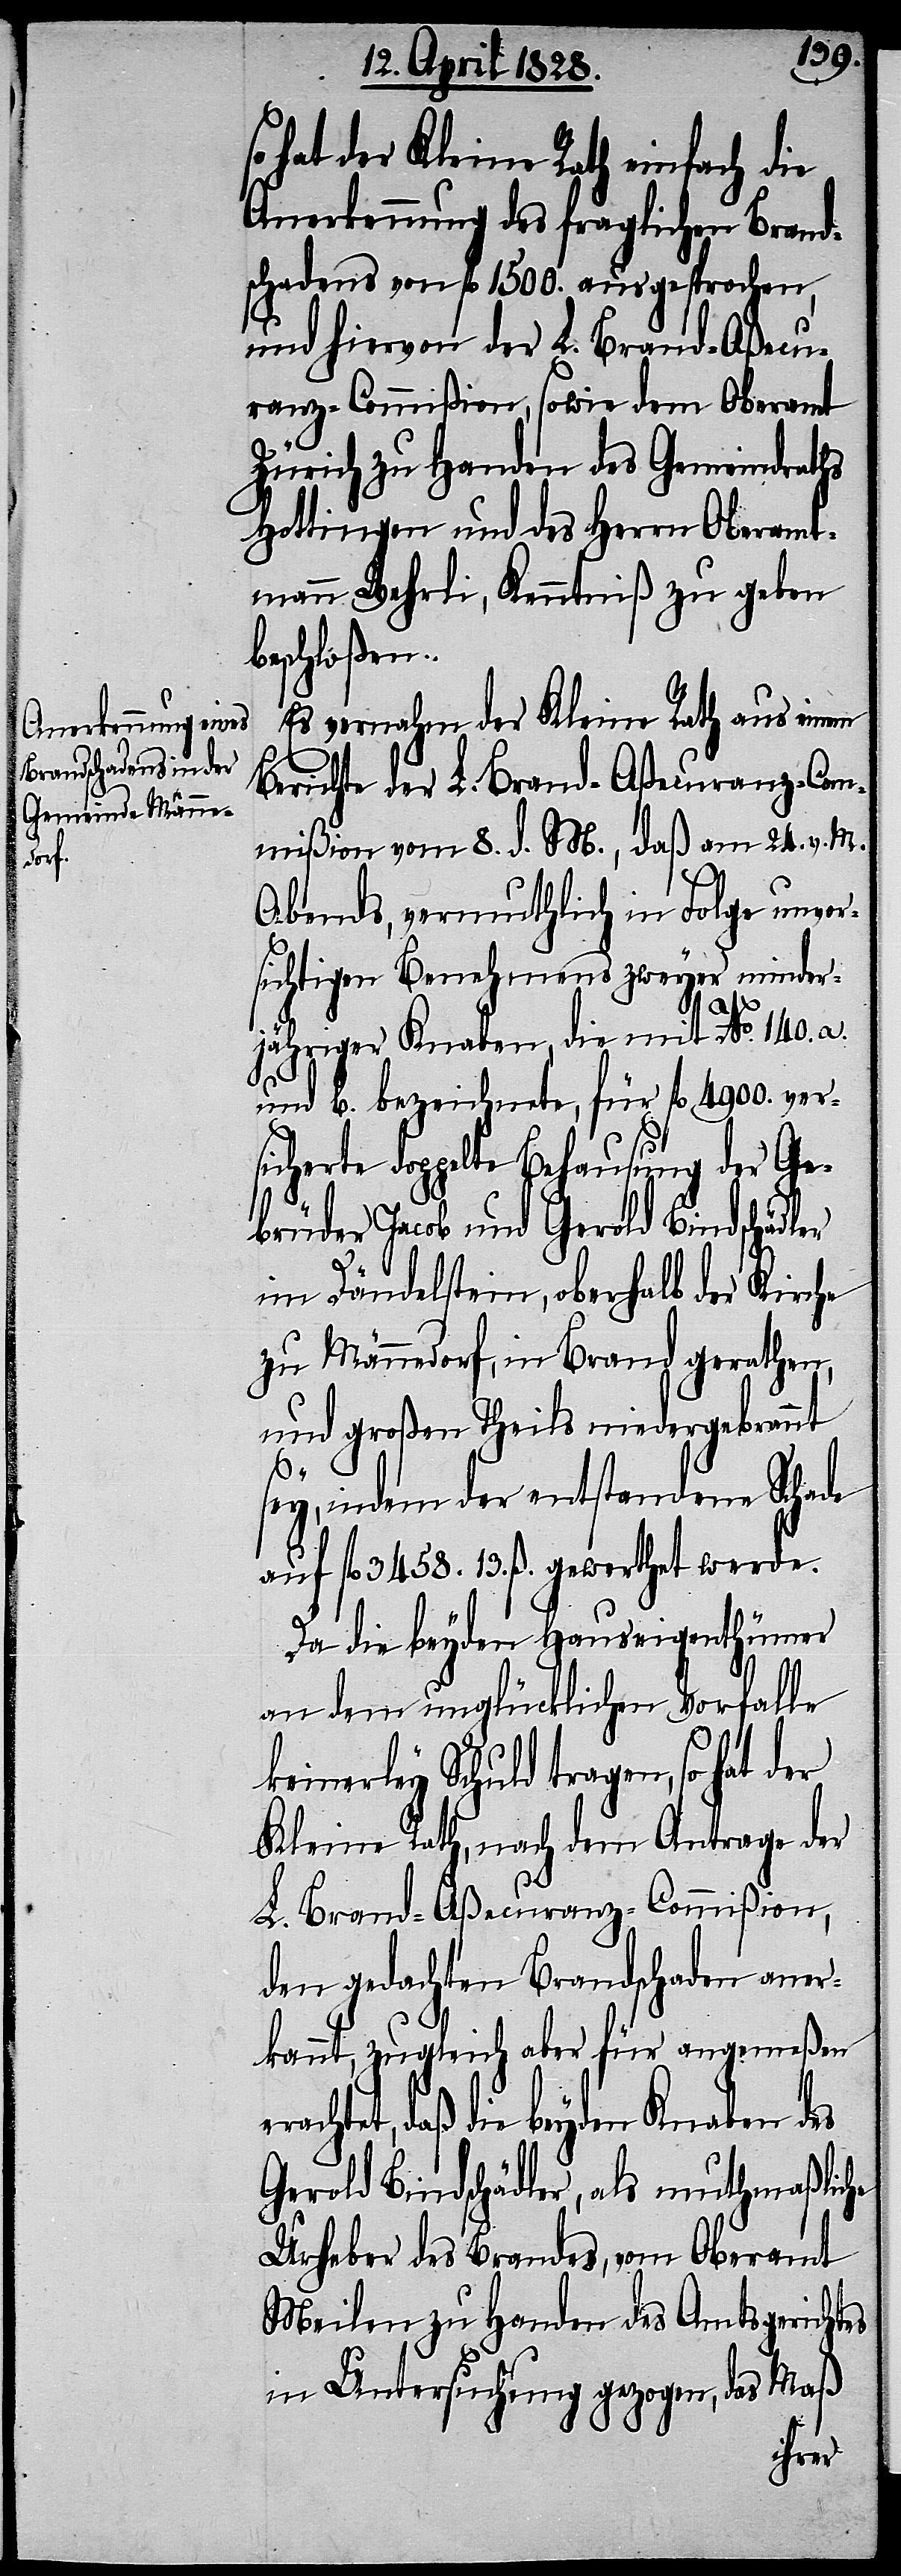
so hat der Kleine Rath einfach die
Anerkennung des fraglichen Brand¬
schadens von fl. 1500. ausgesprochen,
und hiervon der L. Brand-Aßecu¬
ranz-Commißion, sowie dem Oberamt
Zürich zu Handen des Gemeindraths
Hottingen und des Herrn Oberamt¬
mann Wehrli, Kenntniß zu geben
beschloßen.
Es vernahm der Kleine Rath aus einem
Berichte der L. Brand-Aßecuranz-Com¬
mißion vom 8. d. M., daß am 24. v. M.
Abends, vermuthlich in Folge unvor¬
sichtigen Benehmens zweyer minder¬
jähriger Knaben, die mit No. 140. a.
und b. bezeichnete, für fl. 4900. versi¬
cherte doppelte Behausung der Ge¬
brüder Jacob und Gerold Bindschädler
im Dändelstein, oberhalb der Kirche
zu Männedorf, in Brand gerathen,
und großen Theils niedergebrannt
sey, indem der entstandene Schade
auf fl. 3458. 13. ß. gewerthet werde.
Da die beyden Hauseigenthümer
an dem unglücklichen Vorfalle
keinerley Schuld tragen, so hat
Kleine Rath, nach dem Antrage der
L. Brand-Aßecuranz-Commißion,
den gedachten Brandschaden aner¬
kannt, zugleich aber für angemeßen
erachtet, daß die beyden Knaben des
Gerold Bindschädler, als muthmaßliche
Urheber des Brandes, vom Oberamt
Meilen zu Handen des Amtsgerichtes
in Untersuchung gezogen, das Maß